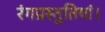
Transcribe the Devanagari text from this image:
रंगप्रस्तुतियां।